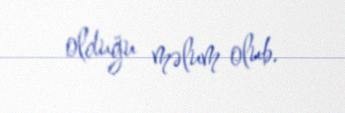
olduğu məlum olub.